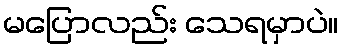
မပြောလည်း သေရမှာပဲ။